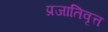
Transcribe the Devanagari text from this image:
प्रजातिवृत्त